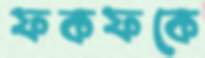
ফকফকে